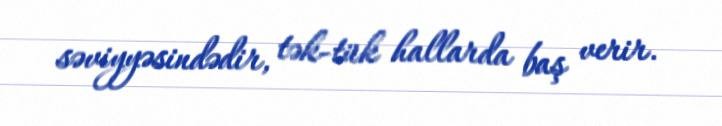
səviyyəsindədir, tək-tük hallarda baş verir.